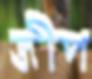
জীপ